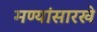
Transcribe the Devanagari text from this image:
मण्यांसारखे